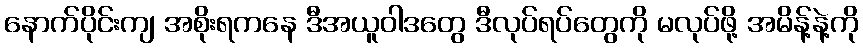
နောက်ပိုင်းကျ အစိုးရကနေ ဒီအယူဝါဒတွေ ဒီလုပ်ရပ်တွေကို မလုပ်ဖို့ အမိန့်နဲ့ကို